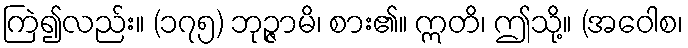
ကြဲ၍လည်း။ (၁၇၅) ဘုဉ္ဇာမိ၊ စား၏။ ဣတိ၊ ဤသို့။ (အဝေါစ၊